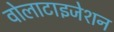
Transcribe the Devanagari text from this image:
वोलाटाइजेशन